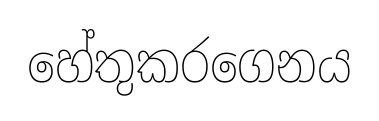
හේතුකරගෙනය